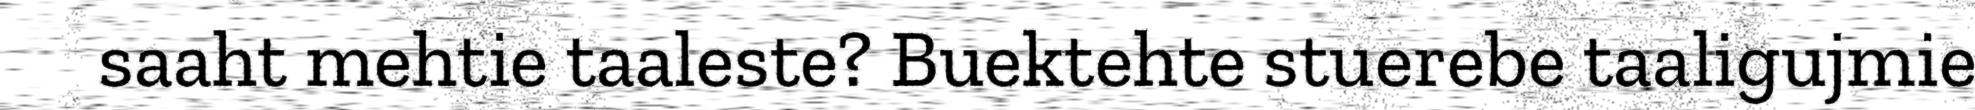
saaht mehtie taaleste? Buektehte stuerebe taaligujmie